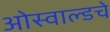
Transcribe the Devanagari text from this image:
ओस्वाल्डचे